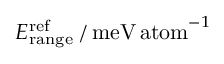
E _ { \mathrm { r a n g e } } ^ { \mathrm { r e f } } \, / \, \mathrm { m e V \, a t o m } ^ { - 1 }